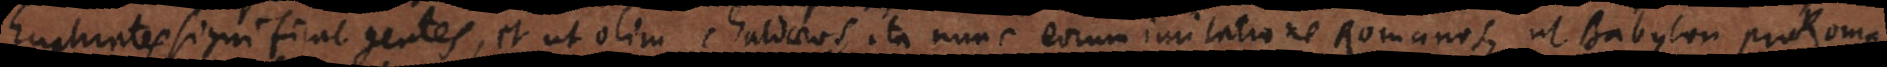
Euphrates significat gentes, et ut olim Chaldaeos, ita nunc eorum imitatione Romanos, ut Babylon pro Roma,